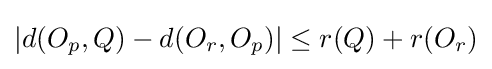
|d(O_{p},Q)-d(O_{r},O_{p})|\leq r(Q)+r(O_{r})